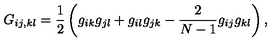
G _ { i j , k l } = \frac { 1 } { 2 } \left( g _ { i k } g _ { j l } + g _ { i l } g _ { j k } - \frac { 2 } { N - 1 } g _ { i j } g _ { k l } \right) ,